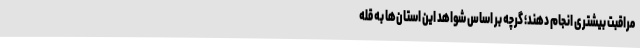
مراقبت بیشتری انجام دهند؛ گرچه بر اساس شواهد این استان‌ها به قله